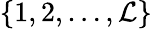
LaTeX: \{ 1,2,\ldots,\mathcal{L}\}